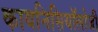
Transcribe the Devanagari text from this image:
कायनिसियॉलोजी